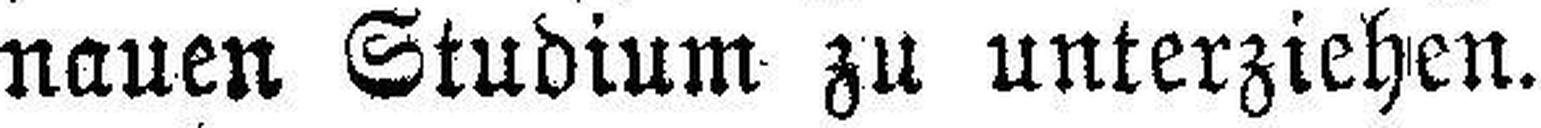
nauen Studium zu unterziehen.